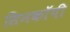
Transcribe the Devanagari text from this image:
सिनकाॅपी